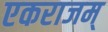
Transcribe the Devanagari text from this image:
एकराजम्